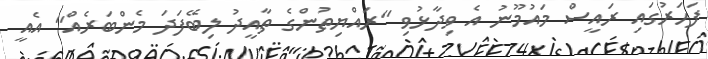
ފަހަރުގައި ރައީސް މައުމޫނު އެ ވިދާޅުވި "ރައްޔިތުންގެ ތާއީދު ލިބޭފަދަ މެންބަރެއް" އެއީ